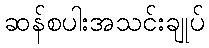
ဆန်စပါးအသင်းချုပ်